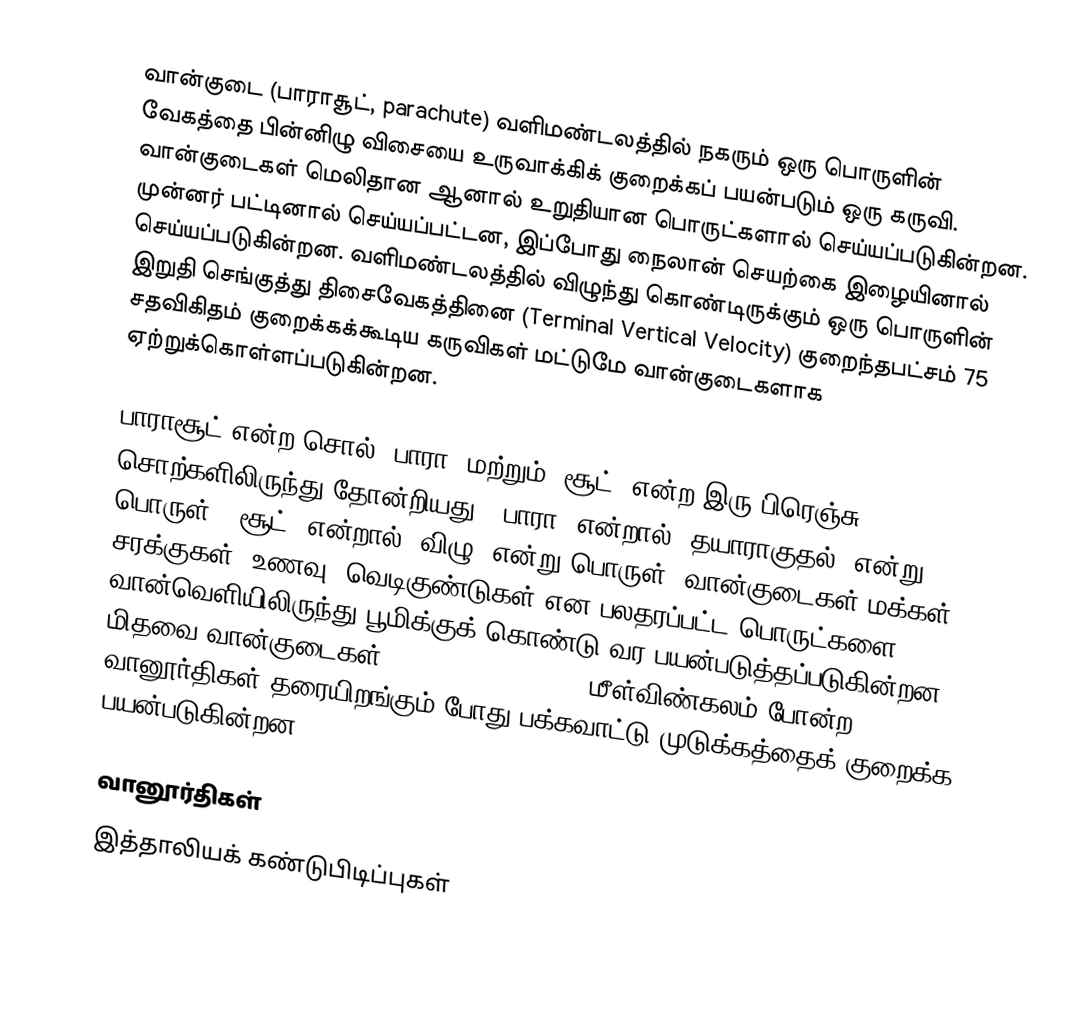
வான்குடை (பாராசூட், parachute) வளிமண்டலத்தில் நகரும் ஒரு பொருளின் வேகத்தை பின்னிழு விசையை உருவாக்கிக் குறைக்கப் பயன்படும் ஒரு கருவி. வான்குடைகள் மெலிதான ஆனால் உறுதியான பொருட்களால் செய்யப்படுகின்றன. முன்னர் பட்டினால் செய்யப்பட்டன, இப்போது நைலான் செயற்கை இழையினால் செய்யப்படுகின்றன. வளிமண்டலத்தில் விழுந்து கொண்டிருக்கும் ஒரு பொருளின் இறுதி செங்குத்து திசைவேகத்தினை (Terminal Vertical Velocity) குறைந்தபட்சம் 75 சதவிகிதம் குறைக்கக்கூடிய கருவிகள் மட்டுமே வான்குடைகளாக ஏற்றுக்கொள்ளப்படுகின்றன.

பாராசூட் என்ற சொல் “பாரா” மற்றும் ”சூட்” என்ற இரு பிரெஞ்சு சொற்களிலிருந்து தோன்றியது. “பாரா” என்றால் “தயாராகுதல்” என்று பொருள்; “சூட்” என்றால் ”விழு” என்று பொருள். வான்குடைகள் மக்கள், சரக்குகள், உணவு, வெடிகுண்டுகள் என பலதரப்பட்ட பொருட்களை வான்வெளியிலிருந்து பூமிக்குக் கொண்டு வர பயன்படுத்தப்படுகின்றன. மிதவை வான்குடைகள் (drogue parachutes) மீள்விண்கலம் போன்ற வானூர்திகள் தரையிறங்கும் போது பக்கவாட்டு முடுக்கத்தைக் குறைக்க பயன்படுகின்றன.

வானூர்திகள்
இத்தாலியக் கண்டுபிடிப்புகள்